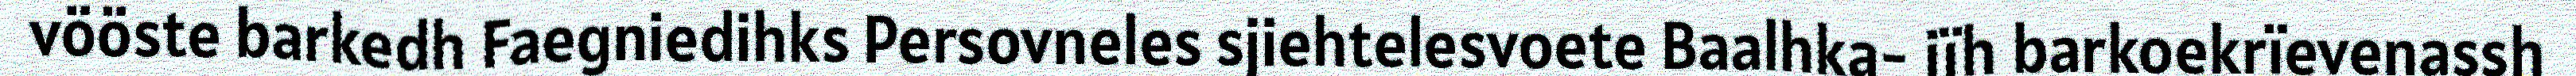
vööste barkedh Faegniedihks Persovneles sjiehtelesvoete Baalhka- jïh barkoekrïevenassh